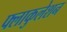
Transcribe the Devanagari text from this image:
फ्लाकुलेशन